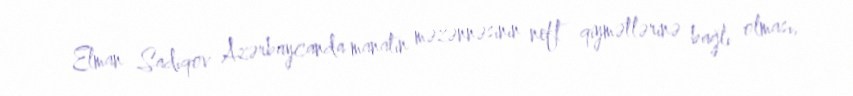
Elman Sadiqov Azərbaycanda manatın məzənnəsinin neft qiymətlərinə bağlı olması,